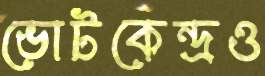
ভোটকেন্দ্রও